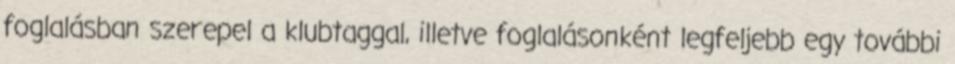
foglalásban szerepel a klubtaggal, illetve foglalásonként legfeljebb egy további